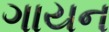
ગાયન